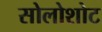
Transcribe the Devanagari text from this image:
सोलोशोट